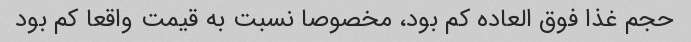
حجم غذا فوق العاده کم بود، مخصوصا نسبت به قیمت واقعا کم بود